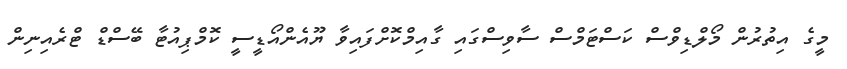
މީގެ އިތުރުން މޯލްޑިވްސް ކަސްޓަމްސް ސާވިސްގައި ގާއިމްކޮށްފައިވާ ޔޫއެންއޯޑީސީ ކޮމްޕިއުޓާ ބޭސްޑް ޓްރެއިނިން